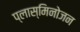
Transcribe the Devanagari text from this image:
प्लास्मिनोजन